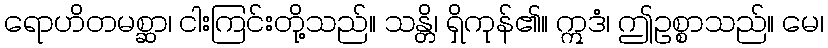
ရောဟိတမစ္ဆာ၊ ငါးကြင်းတို့သည်။ သန္တိ၊ ရှိကုန်၏။ ဣဒံ၊ ဤဥစ္စာသည်။ မေ၊